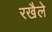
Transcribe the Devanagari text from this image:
रखैले